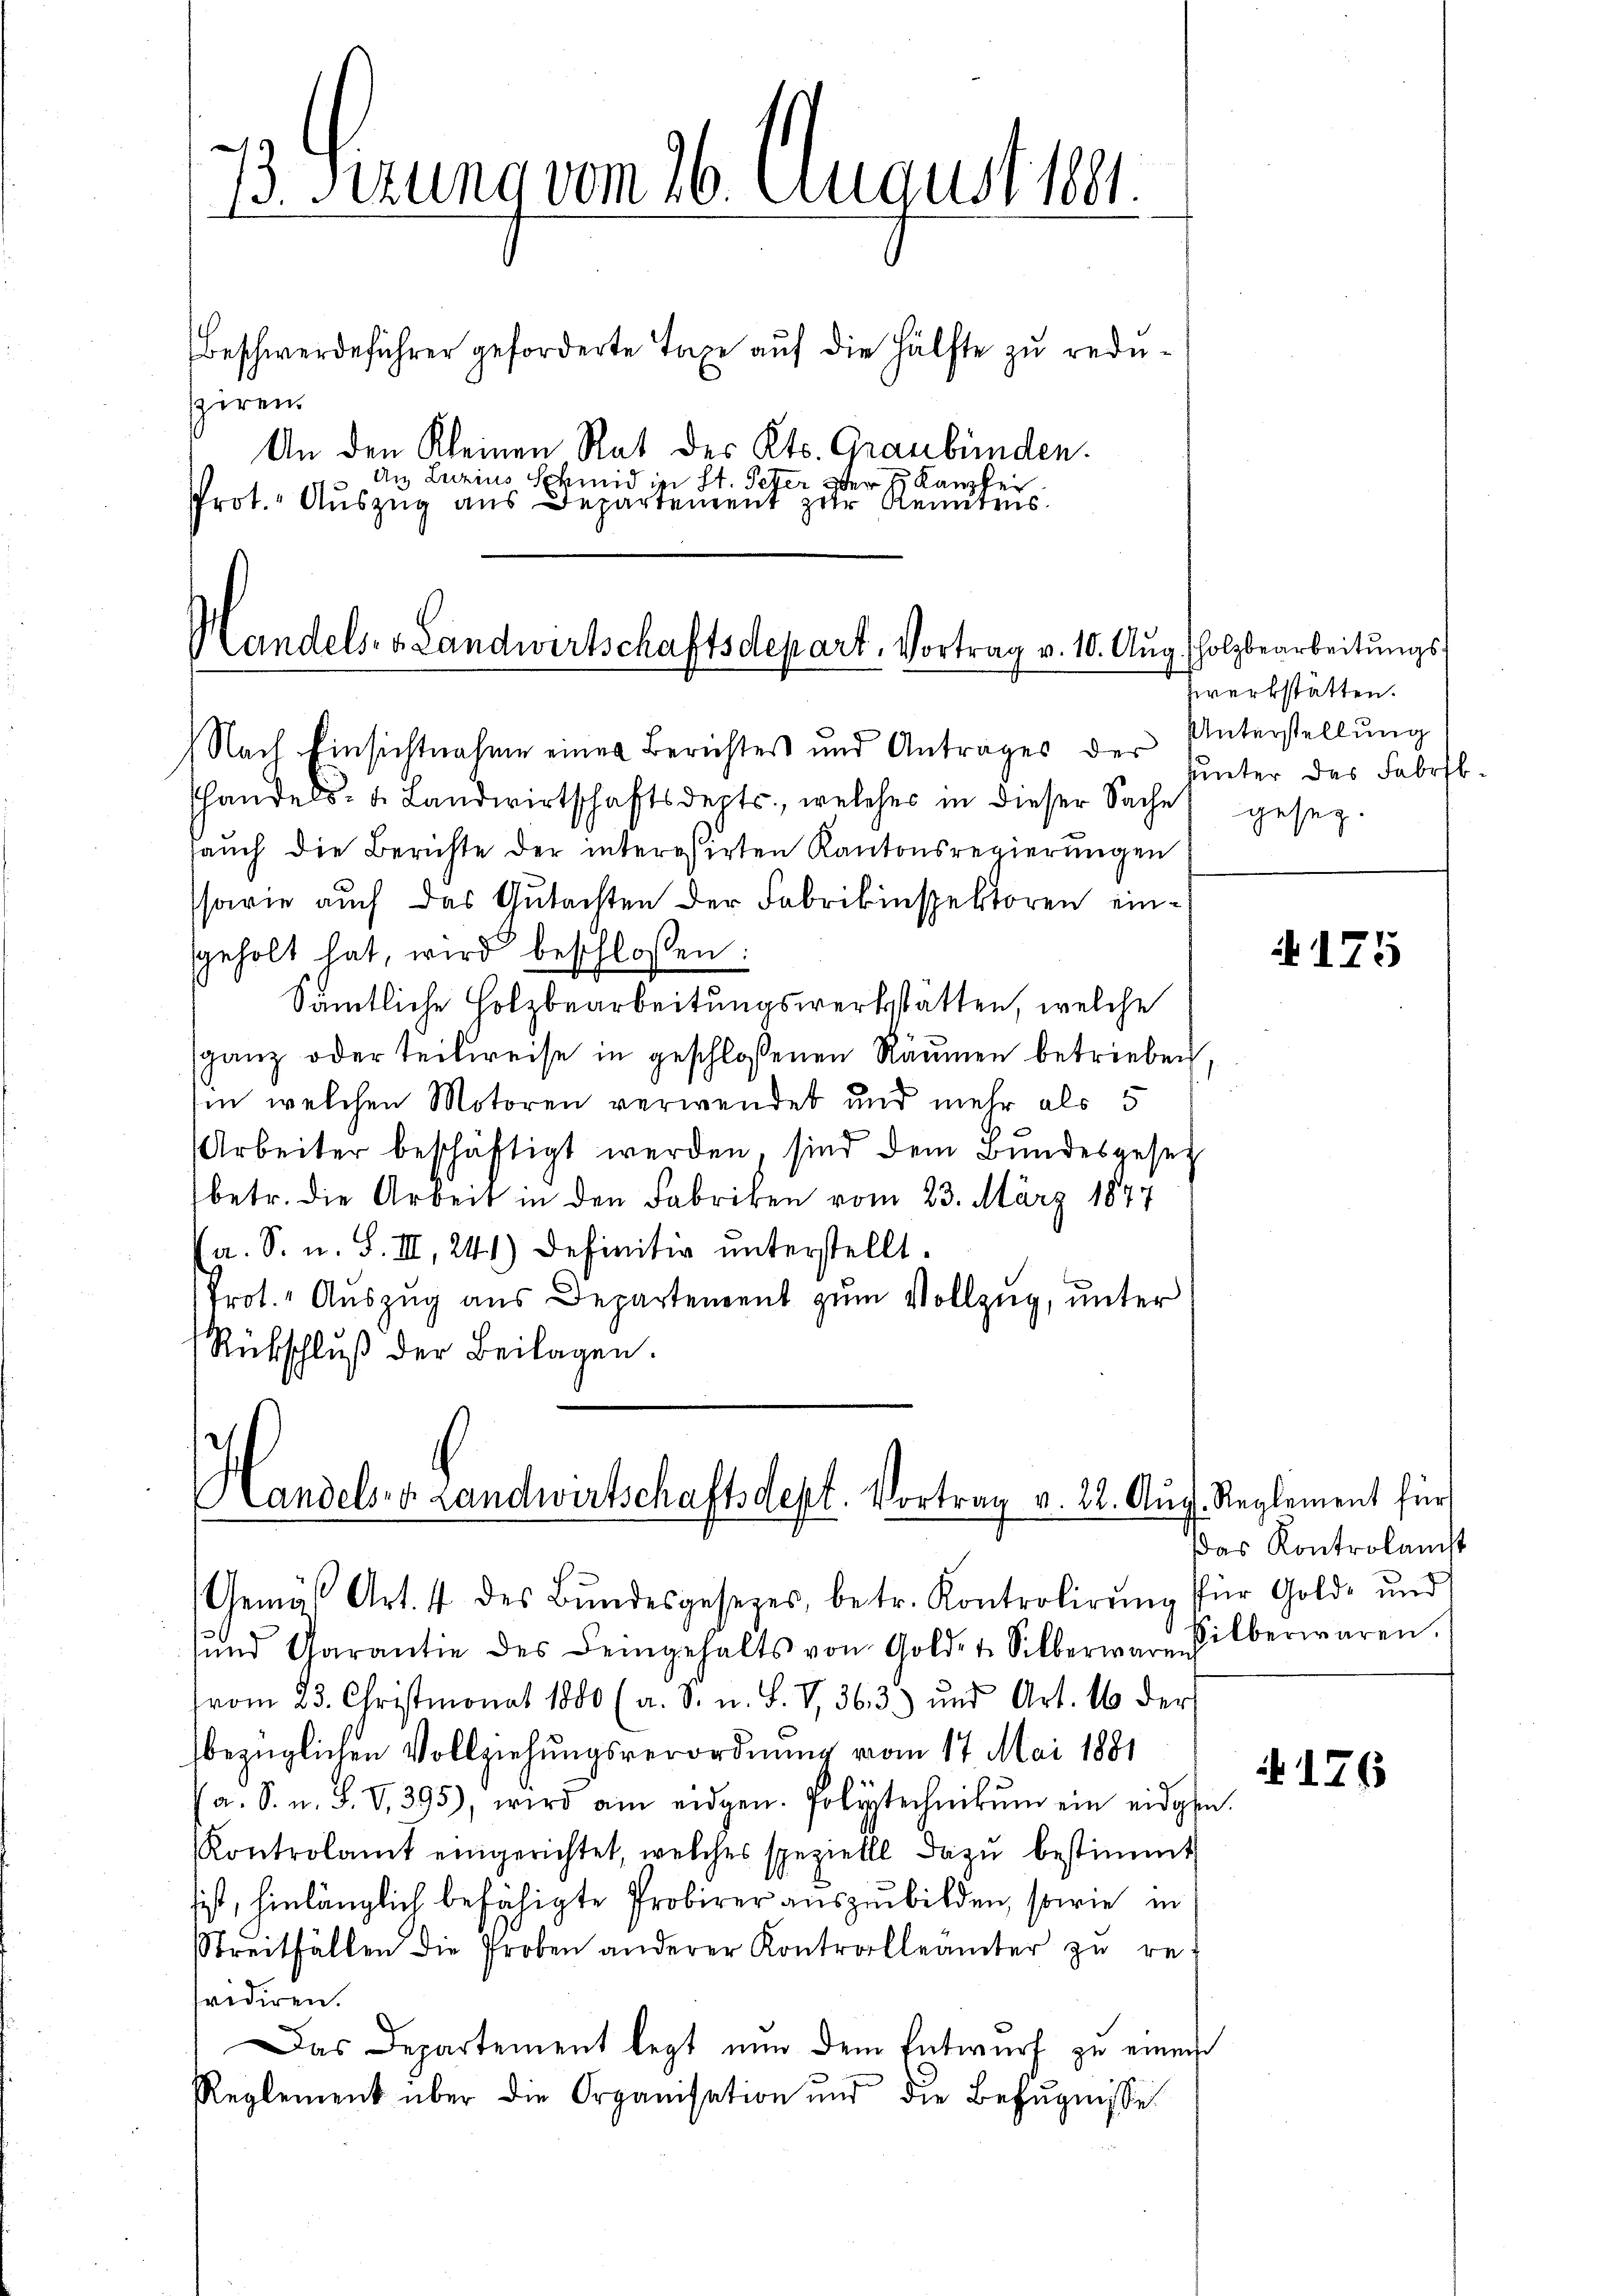
13. Ferung vom 26. August 1894.
1

Beschwerdeführer geforderte Taxe aŭf die Hälfte zu redupiren
An den Kleinen Rat des Kts. Graubünden.
An Luzius Schmid in St. Peter oder Kanzler
Prot. Auszug aus Departement zur Kenntens.

Handels- & Landwirtschaftsdepart. Vortrag v. 10. Aŭg. Holzbearbeitŭngs

shandels- u. Landwirtschaftsdepts, welches in dieser Sache
sauch die Berichte der interessirten Kantonsregierungen
ssarie auch das Gutachten der Fabrikinspektoren einsgeholt hat, wird beschlossen:
Sämtliche Holzbearbeitungswerkstatten, welche
sganz oder teilweise in geschlossenen Räumen betrieben
in welchen Motoren verwendet und mehr als 5
Arbeiter beschäftigt werden, sind dem Bŭndesgeset
betr. die Arbeit in den Fabriken vom 23. März 1877
a. S. u. S. III, 24.1) Definitiv unterstellt.
Prot. Aŭszŭg aŭs Departement zŭm Vollzug, unter
Rückschluß der Beilagen.

Nach Einsichtnahme einen Berichtes und Antrages der

Handel. v. Landwirtschaftsdept. Vortrag v. 22. Aug. Reglement für
.
Gemäβ Art. 4 des Bŭndesgesezes, betr. Kontrolirŭng für Gold- und

werkstätten.
Unterstellung
hunter des Fabrst.
geseg.

und Garantie des Feingehalts von Goldet. Silberwaren
vom 23. Christmonat 1880 (a. S. u. S. V, 363) und Art. 16 der
bezüglichen Vollziehungsverordnung vom 17. Mai 1881
(a. S. n. F. V. 395), wird am eidgen. Polytechnikum ein eidgen.
Kontrolamt eingerichtet, welches speziell dazu bestimmt
ist, hinlänglich befähigte Probirer auszubilden, sowie in
Streitfällen die Proben anderer Kontrolleamter zŭ re-
fvidiren.
Das Departement legt nun dem Entwurf zu einen
Reglement über die Organisation und die Befugnisse

4175

Das Kontrolamcht
silberwaren.

N 176